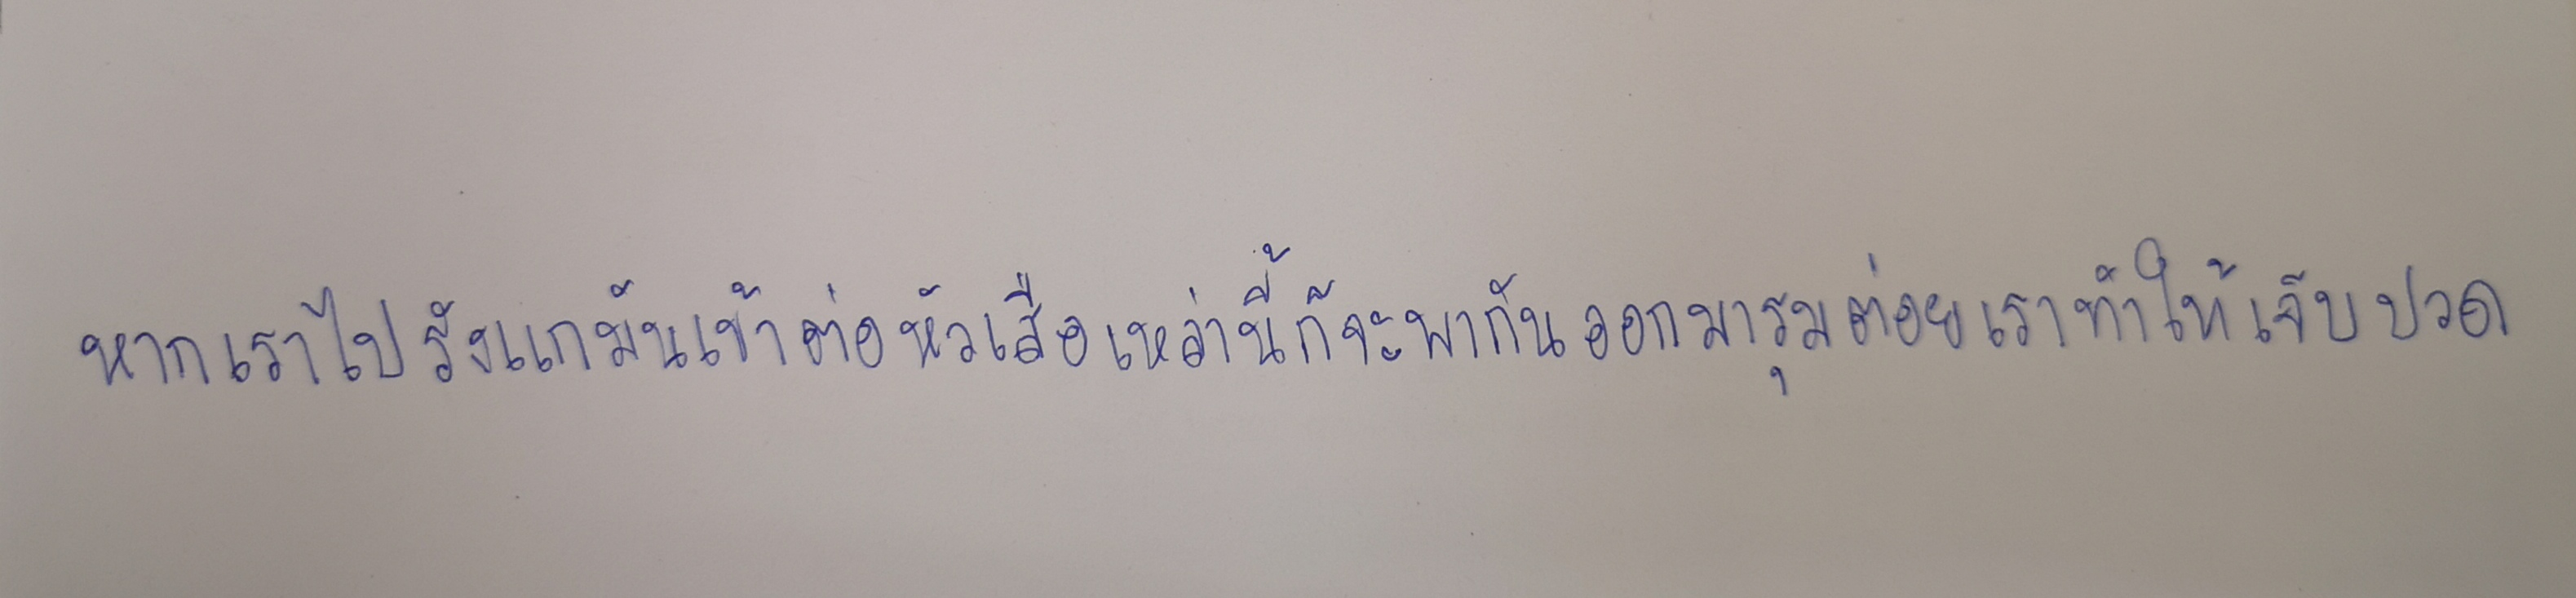
หากเราไปรังแกมันเข้าต่อหัวเสือเหล่านี้ก็จะพากันออกมารุมต่อยเราทำให้เจ็บปวด